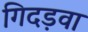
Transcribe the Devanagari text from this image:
गिदड़वा